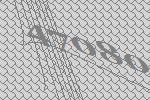
47080